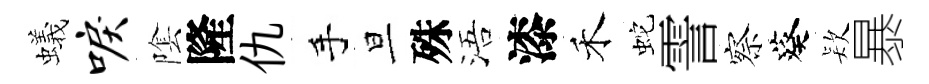
蟻唳隂隆仇手旦殊浯漆禾蛇霅察葵𣣇暴